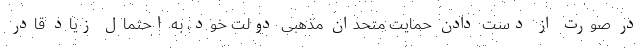
در صورت از دست دادن حمایت متحدان مذهبی دولت خود، به احتمال زیاد قادر